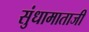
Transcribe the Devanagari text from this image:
सुंधामाताजी